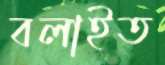
বলাইত